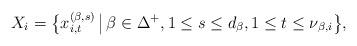
LaTeX: \begin{align*} X_{i}=\big\{x^{(\beta,s)}_{i,t} \, \big| \, \beta\in\Delta^{+},1\leq s\leq d_{\beta}, 1\leq t\leq \nu_{\beta,i}\big\},\end{align*}